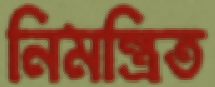
নিমন্ত্রিত